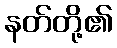
နတ်တို့၏